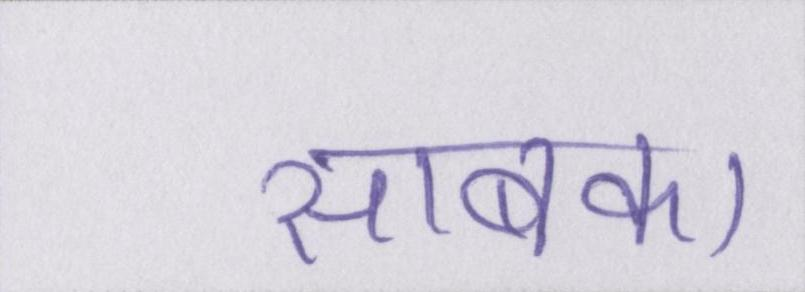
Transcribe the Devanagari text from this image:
साबका